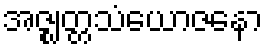
အဇ္ဈတ္တသံယောဇနော